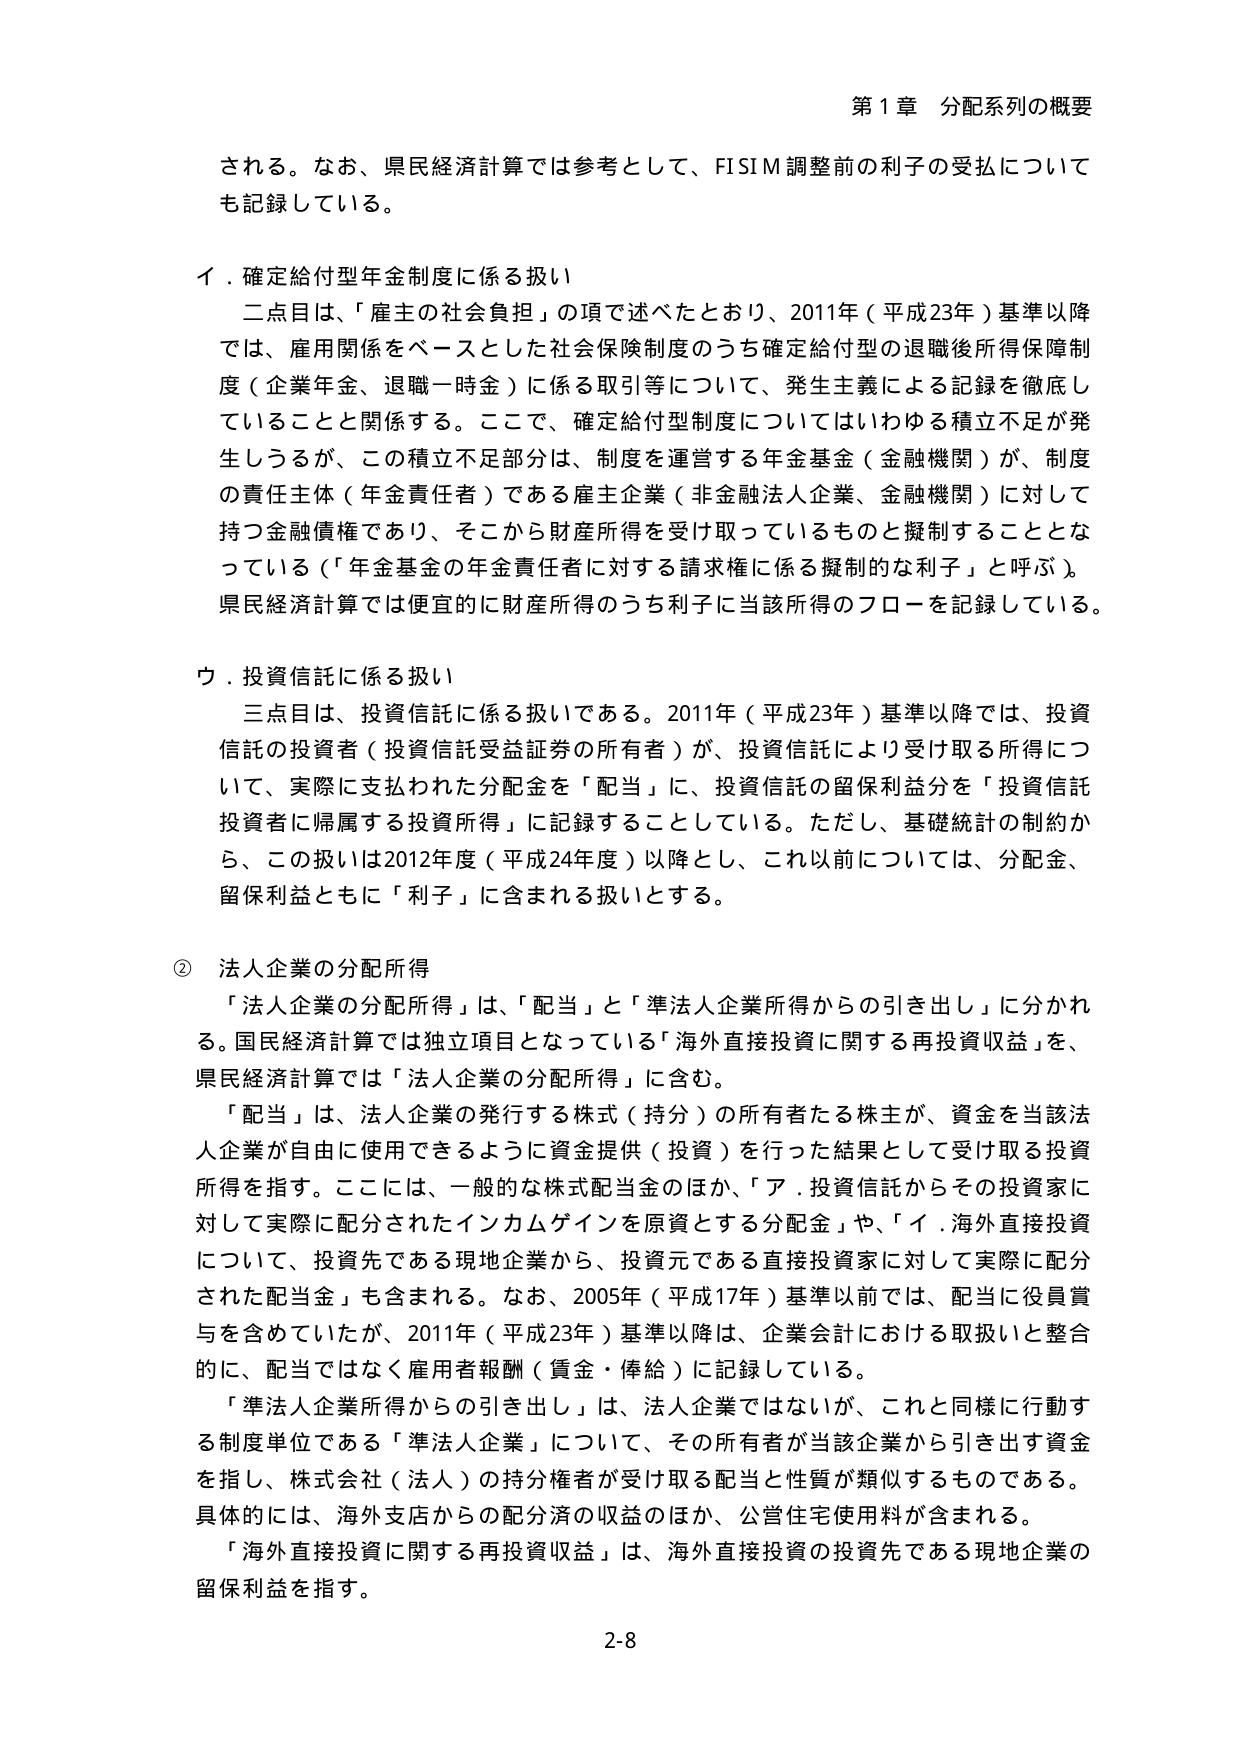
第1章 分配系列の概要

される。なお、県民経済計算では参考として、FISIM調整前の利子の受払についても記録している。

イ．確定給付型年金制度に係る扱い
　二点目は、「雇主の社会負担」の項で述べたとおり、2011年（平成23年）基準以降では、雇用関係をベースとした社会保険制度のうち確定給付型の退職後所得保障制度（企業年金、退職一時金）に係る取引等について、発生主義による記録を徹底していることと関係する。ここで、確定給付型制度についてはいわゆる積立不足が発生しうるが、この積立不足部分は、制度を運営する年金基金（金融機関）が、制度の責任主体（年金責任者）である雇主企業（非金融法人企業、金融機関）に対して持つ金融債権であり、そこから財産所得を受け取っているものと擬制することとなっている（「年金基金の年金責任者に対する請求権に係る擬制的な利子」と呼ぶ）。県民経済計算では便宜的に財産所得のうち利子に当該所得のフローを記録している。

ウ．投資信託に係る扱い
　三点目は、投資信託に係る扱いである。2011年（平成23年）基準以降では、投資信託の投資者（投資信託受益証券の所有者）が、投資信託により受け取る所得について、実際に支払われた分配金を「配当」に、投資信託の留保利益分を「投資信託投資者に帰属する投資所得」に記録することとしている。ただし、基礎統計の制約から、この扱いは2012年度（平成24年度）以降とし、これ以前については、分配金、留保利益ともに「利子」に含まれる扱いとする。

② 法人企業の分配所得
　「法人企業の分配所得」は、「配当」と「準法人企業所得からの引き出し」に分かれる。国民経済計算では独立項目となっている「海外直接投資に関する再投資収益」を、県民経済計算では「法人企業の分配所得」に含む。
　「配当」は、法人企業の発行する株式（持分）の所有者たる株主が、資金を当該法人企業が自由に使用できるように資金提供（投資）を行った結果として受け取る投資所得を指す。ここには、一般的な株式配当金のほか、「ア．投資信託からその投資家に対して実際に配分されたインカムゲインを原資とする分配金」や、「イ．海外直接投資について、投資先である現地企業から、投資元である直接投資家に対して実際に配分された配当金」も含まれる。なお、2005年（平成17年）基準以前では、配当に役員賞与を含めていたが、2011年（平成23年）基準以降は、企業会計における取扱いと整合的に、配当ではなく雇用者報酬（賃金・俸給）に記録している。
　「準法人企業所得からの引き出し」は、法人企業ではないが、これと同様に行動する制度単位である「準法人企業」について、その所有者が当該企業から引き出す資金を指し、株式会社（法人）の持分権者が受け取る配当と性質が類似するものである。具体的には、海外支店からの配分済の収益のほか、公営住宅使用料が含まれる。
　「海外直接投資に関する再投資収益」は、海外直接投資の投資先である現地企業の留保利益を指す。

2-8